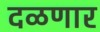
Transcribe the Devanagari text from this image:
दळणार